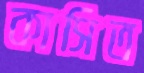
কাসিত